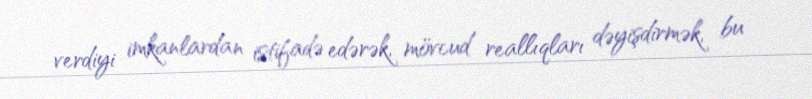
verdiyi imkanlardan istifadə edərək, mövcud reallıqları dəyişdirmək, bu